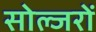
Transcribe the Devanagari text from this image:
सोल्जरों